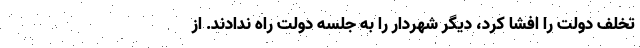
تخلف دولت را افشا کرد، دیگر شهردار را به جلسه دولت راه ندادند. از